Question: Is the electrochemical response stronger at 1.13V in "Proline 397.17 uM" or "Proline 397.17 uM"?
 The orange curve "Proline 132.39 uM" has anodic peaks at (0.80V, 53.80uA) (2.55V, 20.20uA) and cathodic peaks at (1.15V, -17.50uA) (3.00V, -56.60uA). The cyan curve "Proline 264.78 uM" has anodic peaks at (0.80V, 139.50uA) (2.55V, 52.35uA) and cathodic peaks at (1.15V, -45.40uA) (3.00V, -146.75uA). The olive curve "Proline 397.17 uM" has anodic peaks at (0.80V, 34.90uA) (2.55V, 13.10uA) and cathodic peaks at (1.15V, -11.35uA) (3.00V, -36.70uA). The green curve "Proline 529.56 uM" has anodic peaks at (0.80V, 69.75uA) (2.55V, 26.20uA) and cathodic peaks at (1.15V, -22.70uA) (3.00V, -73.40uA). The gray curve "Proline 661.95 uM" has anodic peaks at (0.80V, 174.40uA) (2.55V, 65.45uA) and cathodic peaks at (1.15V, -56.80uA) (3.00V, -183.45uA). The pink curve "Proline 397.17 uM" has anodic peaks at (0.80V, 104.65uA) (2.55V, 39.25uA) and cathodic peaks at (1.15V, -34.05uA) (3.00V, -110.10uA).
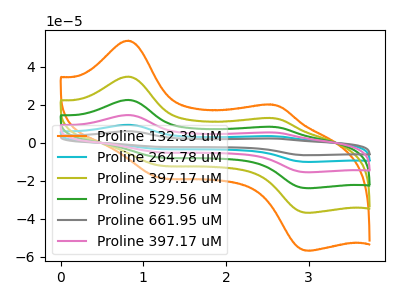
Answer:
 <answer>The peak at 1.13V is higher in "Proline 397.17 uM" than in "Proline 397.17 uM".</answer>
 <eval>higher</eval>